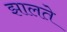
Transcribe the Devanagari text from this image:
झालते